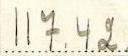
117.42